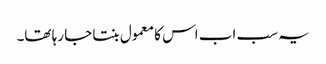
یہ سب اب اس کا معمول بنتا جا رہا تھا۔